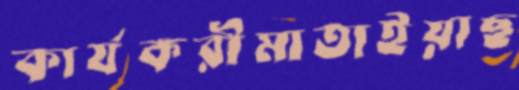
কার্যকরীমাতাইয়াছ